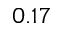
0 . 1 7